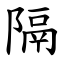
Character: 隔